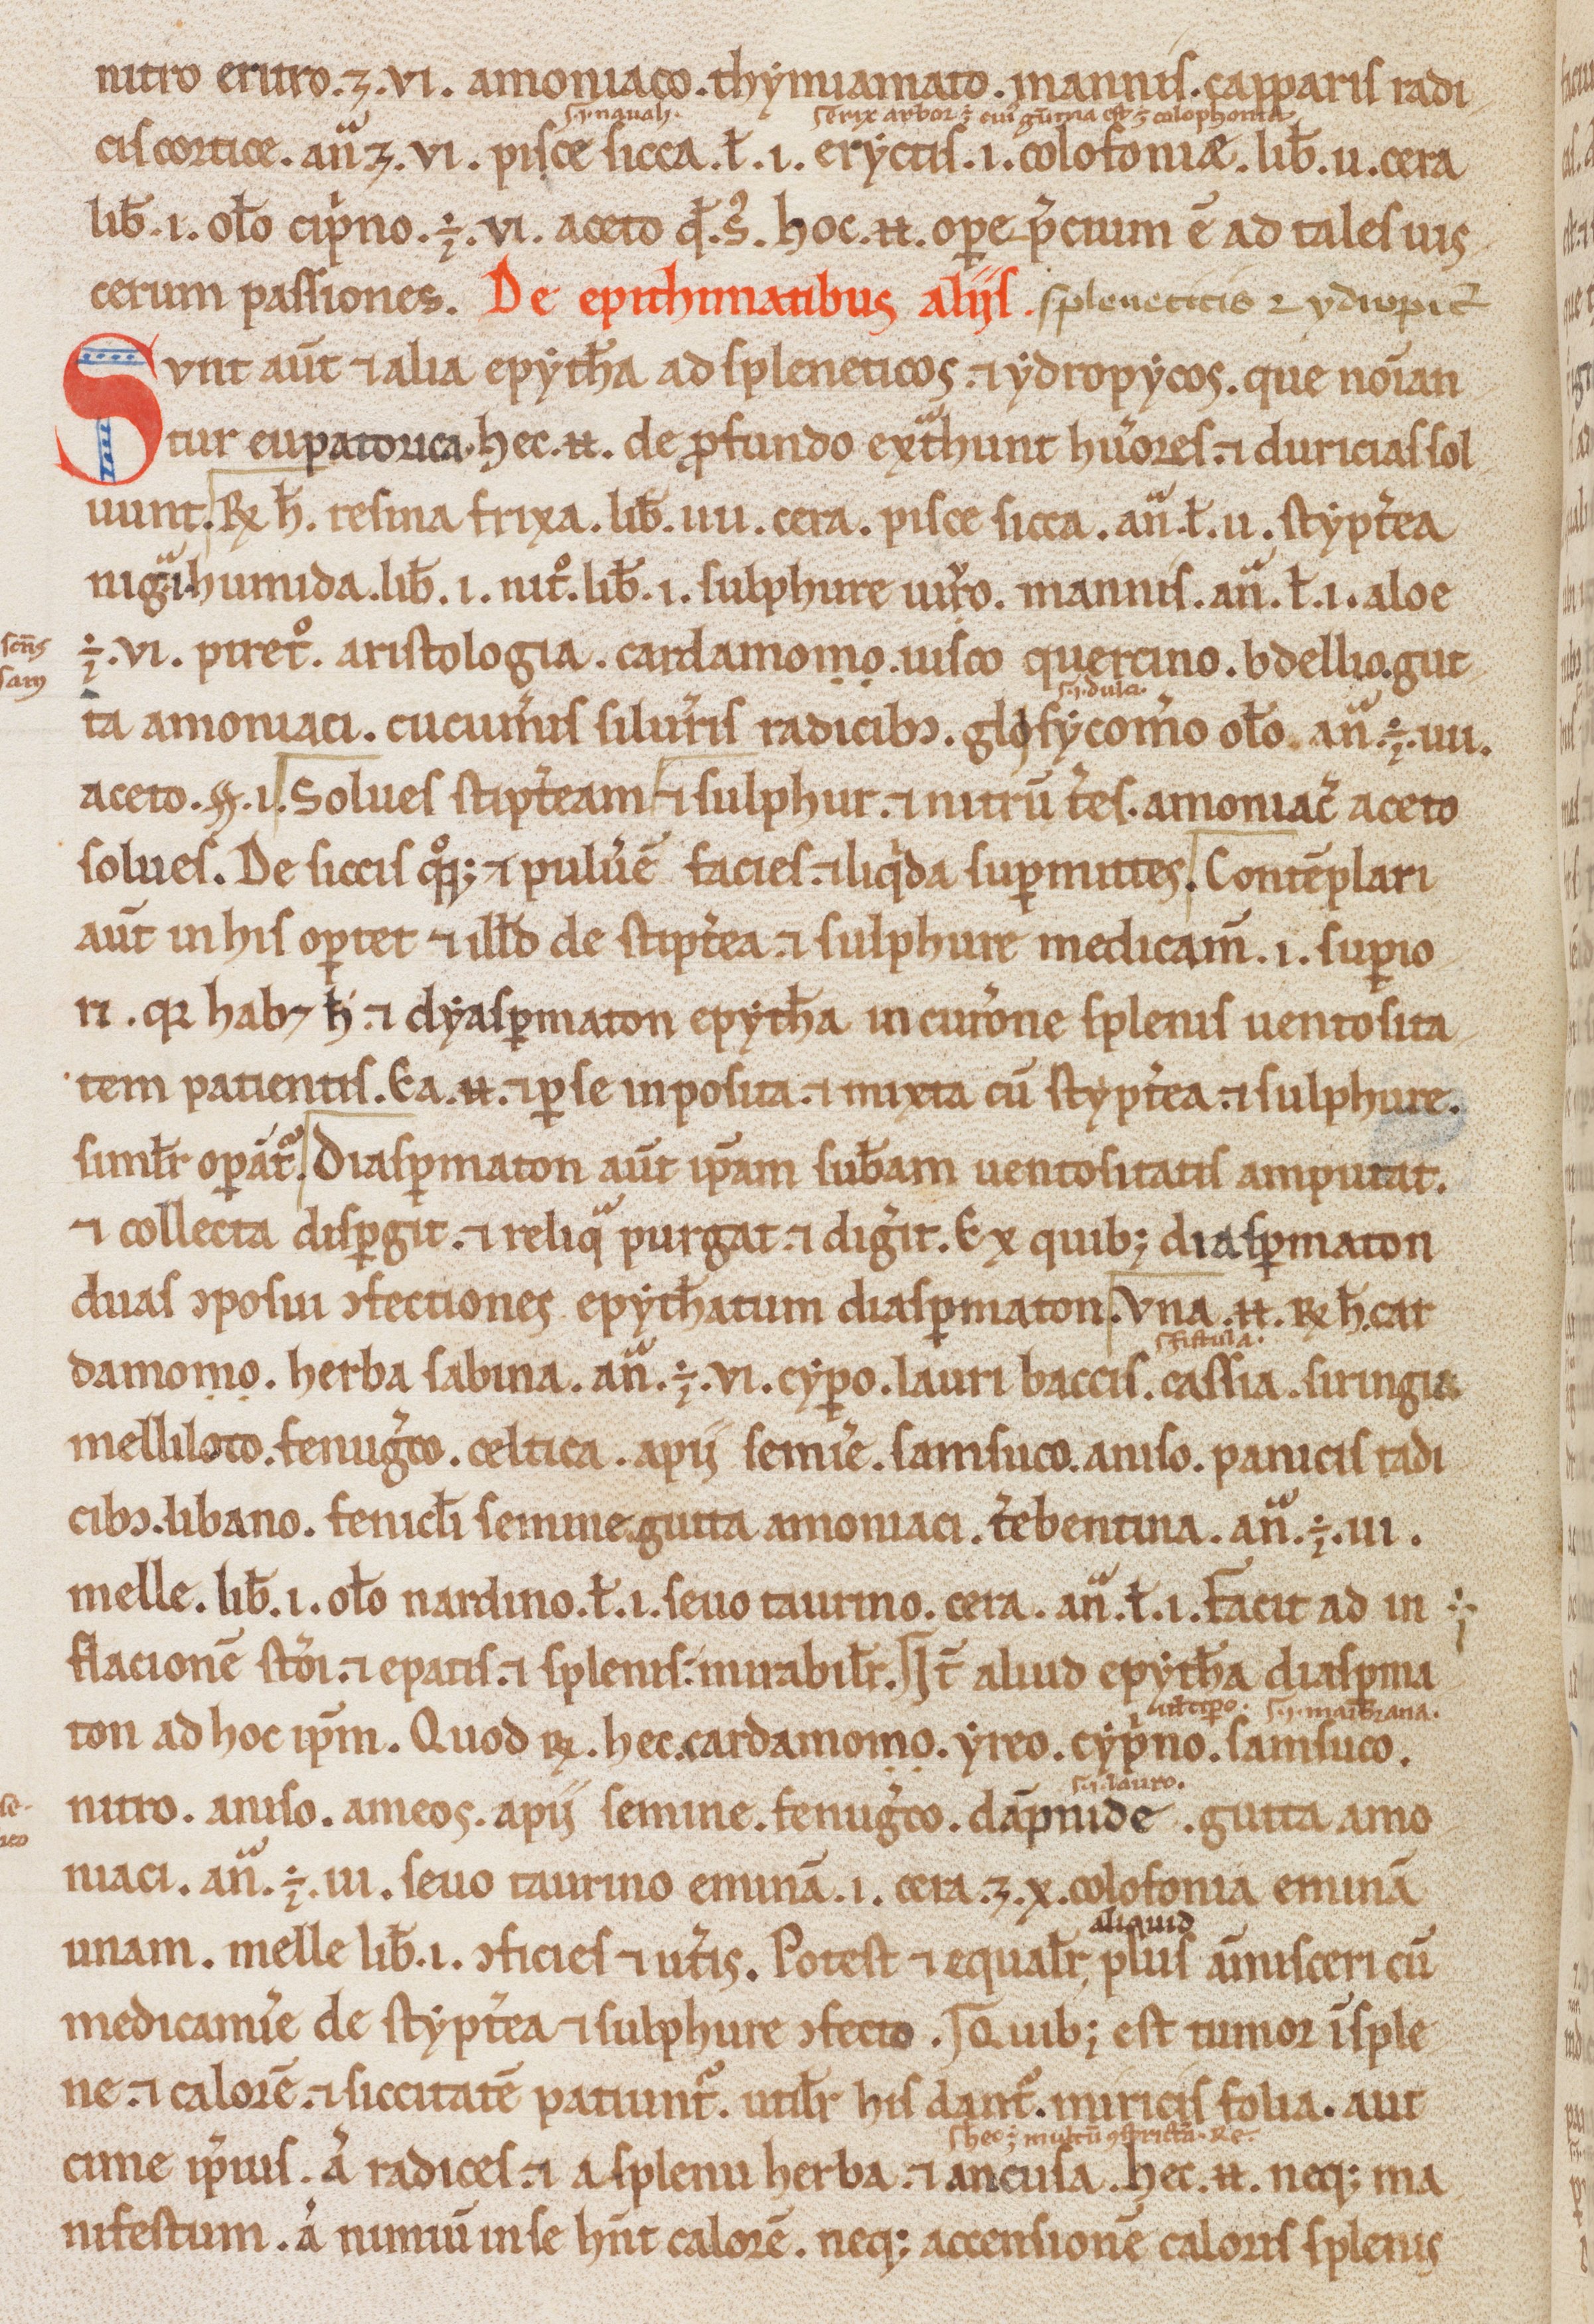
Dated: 1200–1299